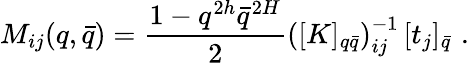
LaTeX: M_{ij}(q,\bar{q})=\frac{1-q^{2h}\bar{q}^{2H}}{2}\left([K]_{q\bar{q}}\right)_{ij}^{-1}\, [t_{j}]_{\bar{q}}\, \, .